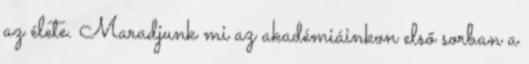
az élete. Maradjunk mi az akadémiáinkon első sorban a